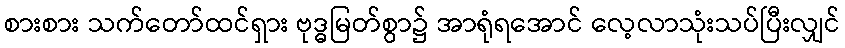
စားစား သက်တော်ထင်ရှား ဗုဒ္ဓမြတ်စွာ၌ အာရုံရအောင် လေ့လာသုံးသပ်ပြီးလျှင်